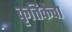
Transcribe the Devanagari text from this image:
कृत्तिकेचा